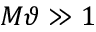
M \vartheta \gg 1